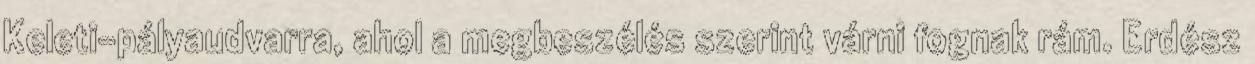
Keleti-pályaudvarra, ahol a megbeszélés szerint várni fognak rám. Erdész